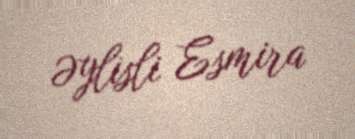
Əylisli Esmira